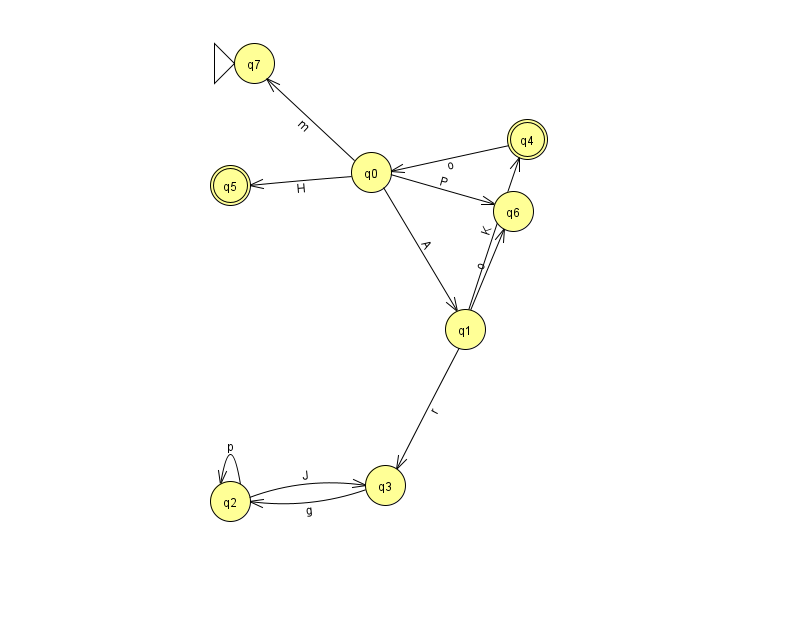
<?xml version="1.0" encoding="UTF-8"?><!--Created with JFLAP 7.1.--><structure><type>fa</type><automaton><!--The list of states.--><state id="0" name="q0"><x>371.0</x><y>159.0</y></state><state id="1" name="q1"><x>465.0</x><y>316.0</y></state><state id="2" name="q2"><x>230.0</x><y>488.0</y></state><state id="3" name="q3"><x>385.0</x><y>472.0</y></state><state id="4" name="q4"><x>527.0</x><y>126.0</y><final/></state><state id="5" name="q5"><x>230.0</x><y>172.0</y><final/></state><state id="6" name="q6"><x>513.0</x><y>198.0</y></state><state id="7" name="q7"><x>254.0</x><y>50.0</y><initial/></state><!--The list of transitions.--><transition><from>0</from><to>1</to><read>A</read></transition><transition><from>2</from><to>2</to><read>p</read></transition><transition><from>2</from><to>3</to><read>J</read></transition><transition><from>0</from><to>5</to><read>H</read></transition><transition><from>0</from><to>6</to><read>P</read></transition><transition><from>4</from><to>0</to><read>o</read></transition><transition><from>1</from><to>3</to><read>r</read></transition><transition><from>3</from><to>2</to><read>g</read></transition><transition><from>0</from><to>7</to><read>m</read></transition><transition><from>1</from><to>4</to><read>K</read></transition><transition><from>1</from><to>6</to><read>o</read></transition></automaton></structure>